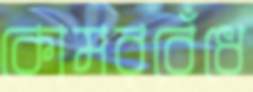
কোমরবেঁধে